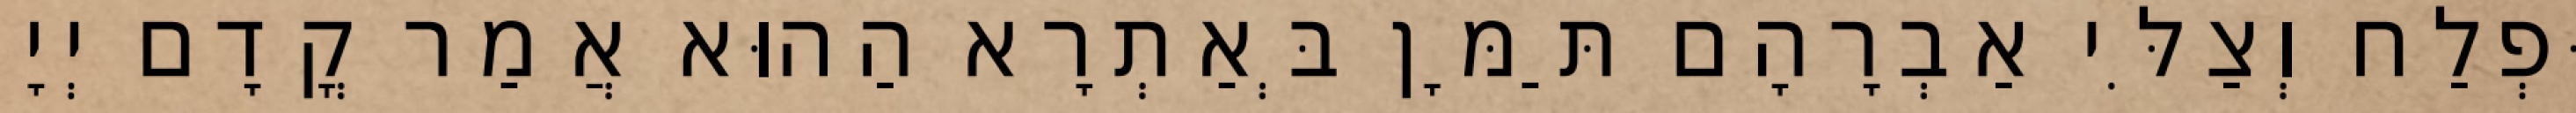
וּפְלַח וְצַלִּי אַבְרָהָם תַּמָּן בְּאַתְרָא הַהוּא אֲמַר קֳדָם יְיָ